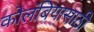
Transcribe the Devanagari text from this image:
कोलंबियासाठी